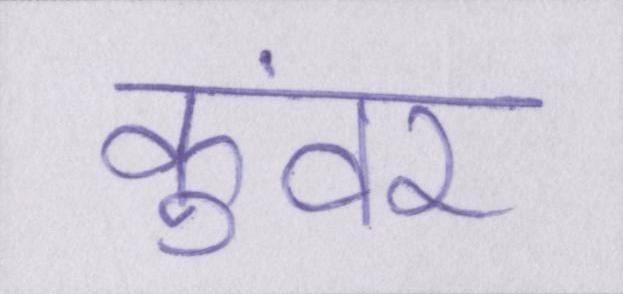
कुंवर